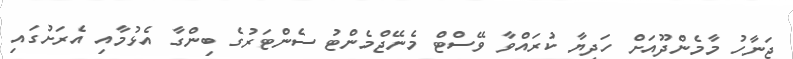
ޖަނާހު މާމެންދޫއަށް ހަދިޔާ ކުރައްވާ ވޭސްޓް މެނޭޖްމެންޓު ސެންޓަރުގެ ބިންގާ އެޅުމާއި އެރަށުގައި